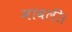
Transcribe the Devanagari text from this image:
मावली।